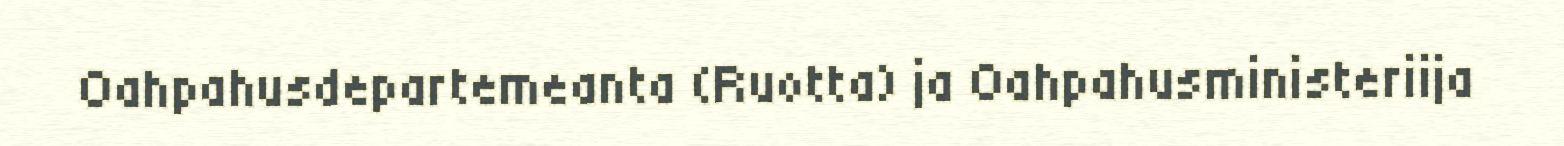
Oahpahusdepartemeanta (Ruotta) ja Oahpahusministeriija